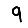
Digit: 9